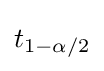
t_{1-\alpha /2}\,\!